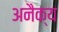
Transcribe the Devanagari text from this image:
अनैक्य